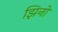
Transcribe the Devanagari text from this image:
झिनो